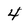
Character: 4